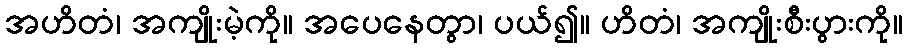
အဟိတံ၊ အကျိုးမဲ့ကို။ အပေနေတွာ၊ ပယ်၍။ ဟိတံ၊ အကျိုးစီးပွားကို။